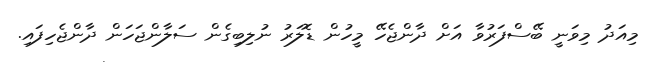
މިއަދު މިވަނީ ބޭސްފަރުވާ އަށް ދާންޖެހޭ މީހުން ޑޮލަރު ނުލިބިގެން ސަލާންޖަހަން ދާންޖެހިފައި.